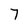
Character: 7